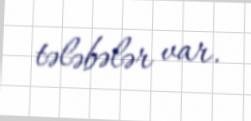
tələbələr var.